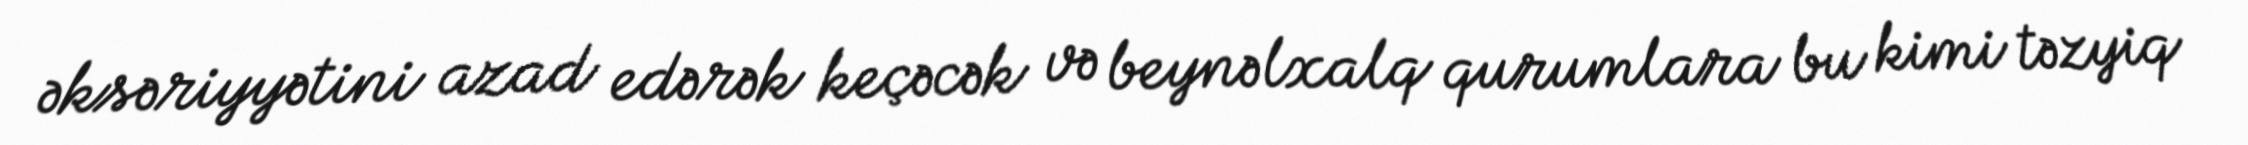
əksəriyyətini azad edərək keçəcək və beynəlxalq qurumlara bu kimi təzyiq